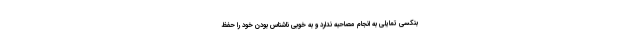
بنکسی تمایلی به انجام مصاحبه ندارد و به خوبی ناشناس بودن خود را حفظ